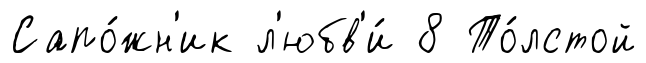
Сапо́жн'ик л'юбв'и́ 8 То́лстой